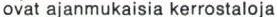
ovat ajanmukaisia kerrostaloja